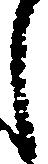
し